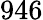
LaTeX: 946